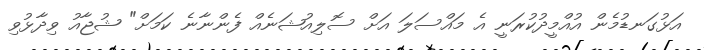
އަޅުގަނޑުމެން އުއްމީދުކުރަނީ އެ މައްސަލަ އަށް ސޮލިއުޝަނެއް ފެންނާނެ ކަމަށް" ޝުޖާއު ވިދާޅުވި